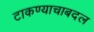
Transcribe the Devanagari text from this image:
टाकण्याचाबदल